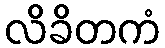
လိခိတကံ